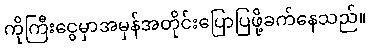
ကိုကြီးငွေမှာအမှန်အတိုင်းပြောပြဖို့ခက်နေသည်။